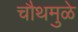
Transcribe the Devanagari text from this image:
चौथमुळे